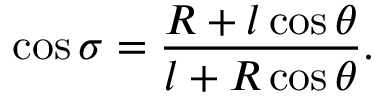
\cos \sigma = \frac { R + l \cos \theta } { l + R \cos \theta } .